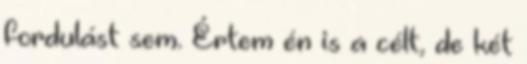
fordulást sem. Értem én is a célt, de két